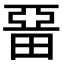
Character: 𤲢